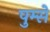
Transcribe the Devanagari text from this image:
पुम्से